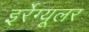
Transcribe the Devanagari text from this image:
इर्रेग्यूलर